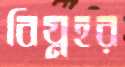
বিঘ্নহর